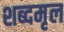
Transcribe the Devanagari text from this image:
शब्दमृल